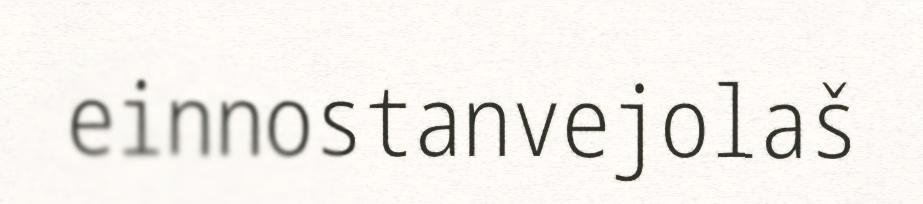
einnostanvejolaš